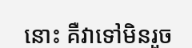
នោះ គឺវាទៅមិនរួច